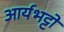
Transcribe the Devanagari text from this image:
आर्यभट्टो